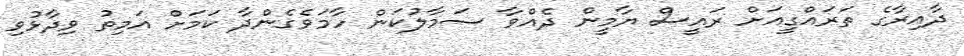
ދާއިރާގެ ތަރައްގީއަށް ރައީސް ޔާމީން ދެއްވާ ސަމާލުކަން ހާމަވެގެންދާ ކަމަށް އަމިތު ވިދާޅުވި